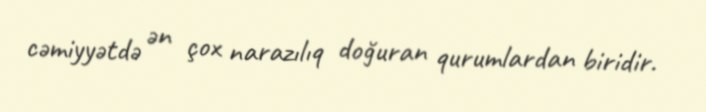
cəmiyyətdə ən çox narazılıq doğuran qurumlardan biridir.